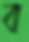
ব